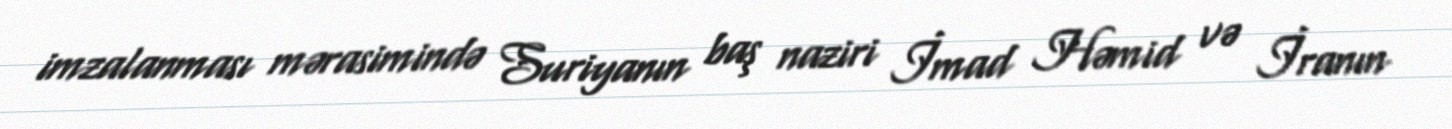
imzalanması mərasimində Suriyanın baş naziri İmad Həmid və İranın